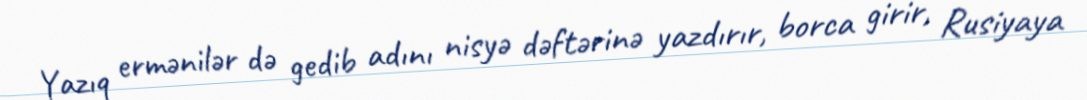
Yazıq ermənilər də gedib adını nisyə dəftərinə yazdırır, borca girir, Rusiyaya